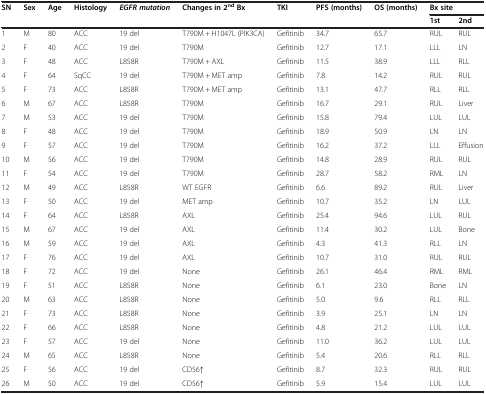
<table><thead><tr><td rowspan="2"><b>SN</b></td><td rowspan="2"><b>Sex</b></td><td rowspan="2"><b>Age</b></td><td rowspan="2"><b>Histology</b></td><td><b><i>EGFR mutation</i></b></td><td rowspan="2"><b>Changes in 2<sup>nd </sup>Bx</b></td><td rowspan="2"><b>TKI</b></td><td><b>PFS (months)</b></td><td><b>OS (months)</b></td><td colspan="2"><b>Bx site</b></td></tr><tr><td><b> </b></td><td><b> </b></td><td><b> </b></td><td><b>1st</b></td><td><b>2nd</b></td></tr></thead><tbody><tr><td>1</td><td>M</td><td>80</td><td>ACC</td><td>19 del</td><td>T790M + H1047L (PIK3CA)</td><td>Gefitinib</td><td>34.7</td><td>65.7</td><td>RUL</td><td>RUL</td></tr><tr><td>2</td><td>F</td><td>40</td><td>ACC</td><td>19 del</td><td>T790M</td><td>Gefitinib</td><td>12.7</td><td>17.1</td><td>LLL</td><td>LN</td></tr><tr><td>3</td><td>F</td><td>48</td><td>ACC</td><td>L858R</td><td>T790M + AXL</td><td>Gefitinib</td><td>11.5</td><td>38.9</td><td>LLL</td><td>RLL</td></tr><tr><td>4</td><td>F</td><td>64</td><td>SqCC</td><td>19 del</td><td>T790M + MET amp</td><td>Gefitinib</td><td>7.8</td><td>14.2</td><td>RUL</td><td>RUL</td></tr><tr><td>5</td><td>F</td><td>73</td><td>ACC</td><td>L858R</td><td>T790M + MET amp</td><td>Gefitinib</td><td>13.1</td><td>47.7</td><td>RLL</td><td>RLL</td></tr><tr><td>6</td><td>M</td><td>67</td><td>ACC</td><td>L858R</td><td>T790M</td><td>Gefitinib</td><td>16.7</td><td>29.1</td><td>RUL</td><td>Liver</td></tr><tr><td>7</td><td>M</td><td>53</td><td>ACC</td><td>19 del</td><td>T790M</td><td>Gefitinib</td><td>15.8</td><td>79.4</td><td>LUL</td><td>LUL</td></tr><tr><td>8</td><td>F</td><td>48</td><td>ACC</td><td>19 del</td><td>T790M</td><td>Gefitinib</td><td>18.9</td><td>50.9</td><td>LN</td><td>LN</td></tr><tr><td>9</td><td>F</td><td>57</td><td>ACC</td><td>19 del</td><td>T790M</td><td>Gefitinib</td><td>16.2</td><td>37.2</td><td>LLL</td><td>Effusion</td></tr><tr><td>10</td><td>M</td><td>56</td><td>ACC</td><td>19 del</td><td>T790M</td><td>Gefitinib</td><td>14.8</td><td>28.9</td><td>RUL</td><td>RUL</td></tr><tr><td>11</td><td>F</td><td>54</td><td>ACC</td><td>19 del</td><td>T790M</td><td>Gefitinib</td><td>28.7</td><td>58.2</td><td>RML</td><td>LN</td></tr><tr><td>12</td><td>M</td><td>49</td><td>ACC</td><td>L858R</td><td>WT EGFR</td><td>Gefitinib</td><td>6.6</td><td>89.2</td><td>RUL</td><td>Liver</td></tr><tr><td>13</td><td>F</td><td>50</td><td>ACC</td><td>19 del</td><td>MET amp</td><td>Gefitinib</td><td>10.7</td><td>35.2</td><td>LN</td><td>LUL</td></tr><tr><td>14</td><td>F</td><td>64</td><td>ACC</td><td>L858R</td><td>AXL</td><td>Gefitinib</td><td>25.4</td><td>94.6</td><td>LUL</td><td>RUL</td></tr><tr><td>15</td><td>M</td><td>67</td><td>ACC</td><td>19 del</td><td>AXL</td><td>Gefitinib</td><td>11.4</td><td>30.2</td><td>LUL</td><td>Bone</td></tr><tr><td>16</td><td>M</td><td>59</td><td>ACC</td><td>19 del</td><td>AXL</td><td>Gefitinib</td><td>4.3</td><td>41.3</td><td>RLL</td><td>LN</td></tr><tr><td>17</td><td>F</td><td>76</td><td>ACC</td><td>19 del</td><td>AXL</td><td>Gefitinib</td><td>10.7</td><td>31.0</td><td>RUL</td><td>RUL</td></tr><tr><td>18</td><td>F</td><td>72</td><td>ACC</td><td>19 del</td><td>None</td><td>Gefitinib</td><td>26.1</td><td>46.4</td><td>RML</td><td>RML</td></tr><tr><td>19</td><td>F</td><td>51</td><td>ACC</td><td>L858R</td><td>None</td><td>Gefitinib</td><td>6.1</td><td>23.0</td><td>Bone</td><td>LN</td></tr><tr><td>20</td><td>M</td><td>63</td><td>ACC</td><td>L858R</td><td>None</td><td>Gefitinib</td><td>5.0</td><td>9.6</td><td>RLL</td><td>RLL</td></tr><tr><td>21</td><td>F</td><td>73</td><td>ACC</td><td>L858R</td><td>None</td><td>Gefitinib</td><td>3.9</td><td>25.1</td><td>LN</td><td>LN</td></tr><tr><td>22</td><td>F</td><td>66</td><td>ACC</td><td>L858R</td><td>None</td><td>Gefitinib</td><td>4.8</td><td>21.2</td><td>LUL</td><td>LUL</td></tr><tr><td>23</td><td>F</td><td>57</td><td>ACC</td><td>19 del</td><td>None</td><td>Gefitinib</td><td>11.0</td><td>36.2</td><td>LUL</td><td>LUL</td></tr><tr><td>24</td><td>M</td><td>65</td><td>ACC</td><td>L858R</td><td>None</td><td>Gefitinib</td><td>5.4</td><td>20.6</td><td>RLL</td><td>RLL</td></tr><tr><td>25</td><td>F</td><td>56</td><td>ACC</td><td>19 del</td><td>CD56↑</td><td>Gefitinib</td><td>8.7</td><td>32.3</td><td>RUL</td><td>RUL</td></tr><tr><td>26</td><td>M</td><td>50</td><td>ACC</td><td>19 del</td><td>CD56↑</td><td>Gefitinib</td><td>5.9</td><td>15.4</td><td>LUL</td><td>LUL</td></tr></tbody></table>